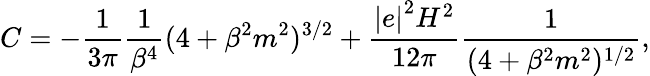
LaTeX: C=-\frac{1}{3\pi}\frac{1}{\beta^{4}}(4+\beta^{2}m^{2})^{3/2}+\frac{{\vert e\vert}^{2}H^{2}}{12\pi}\frac{1}{(4+\beta^{2}m^{2})^{1/2}},